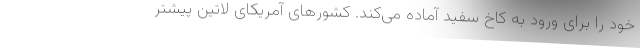
خود را برای ورود به کاخ سفید آماده می‌کند. کشورهای آمریکای لاتین پیشتر